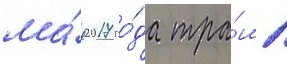
ма́я 2017 го́да тра́мп